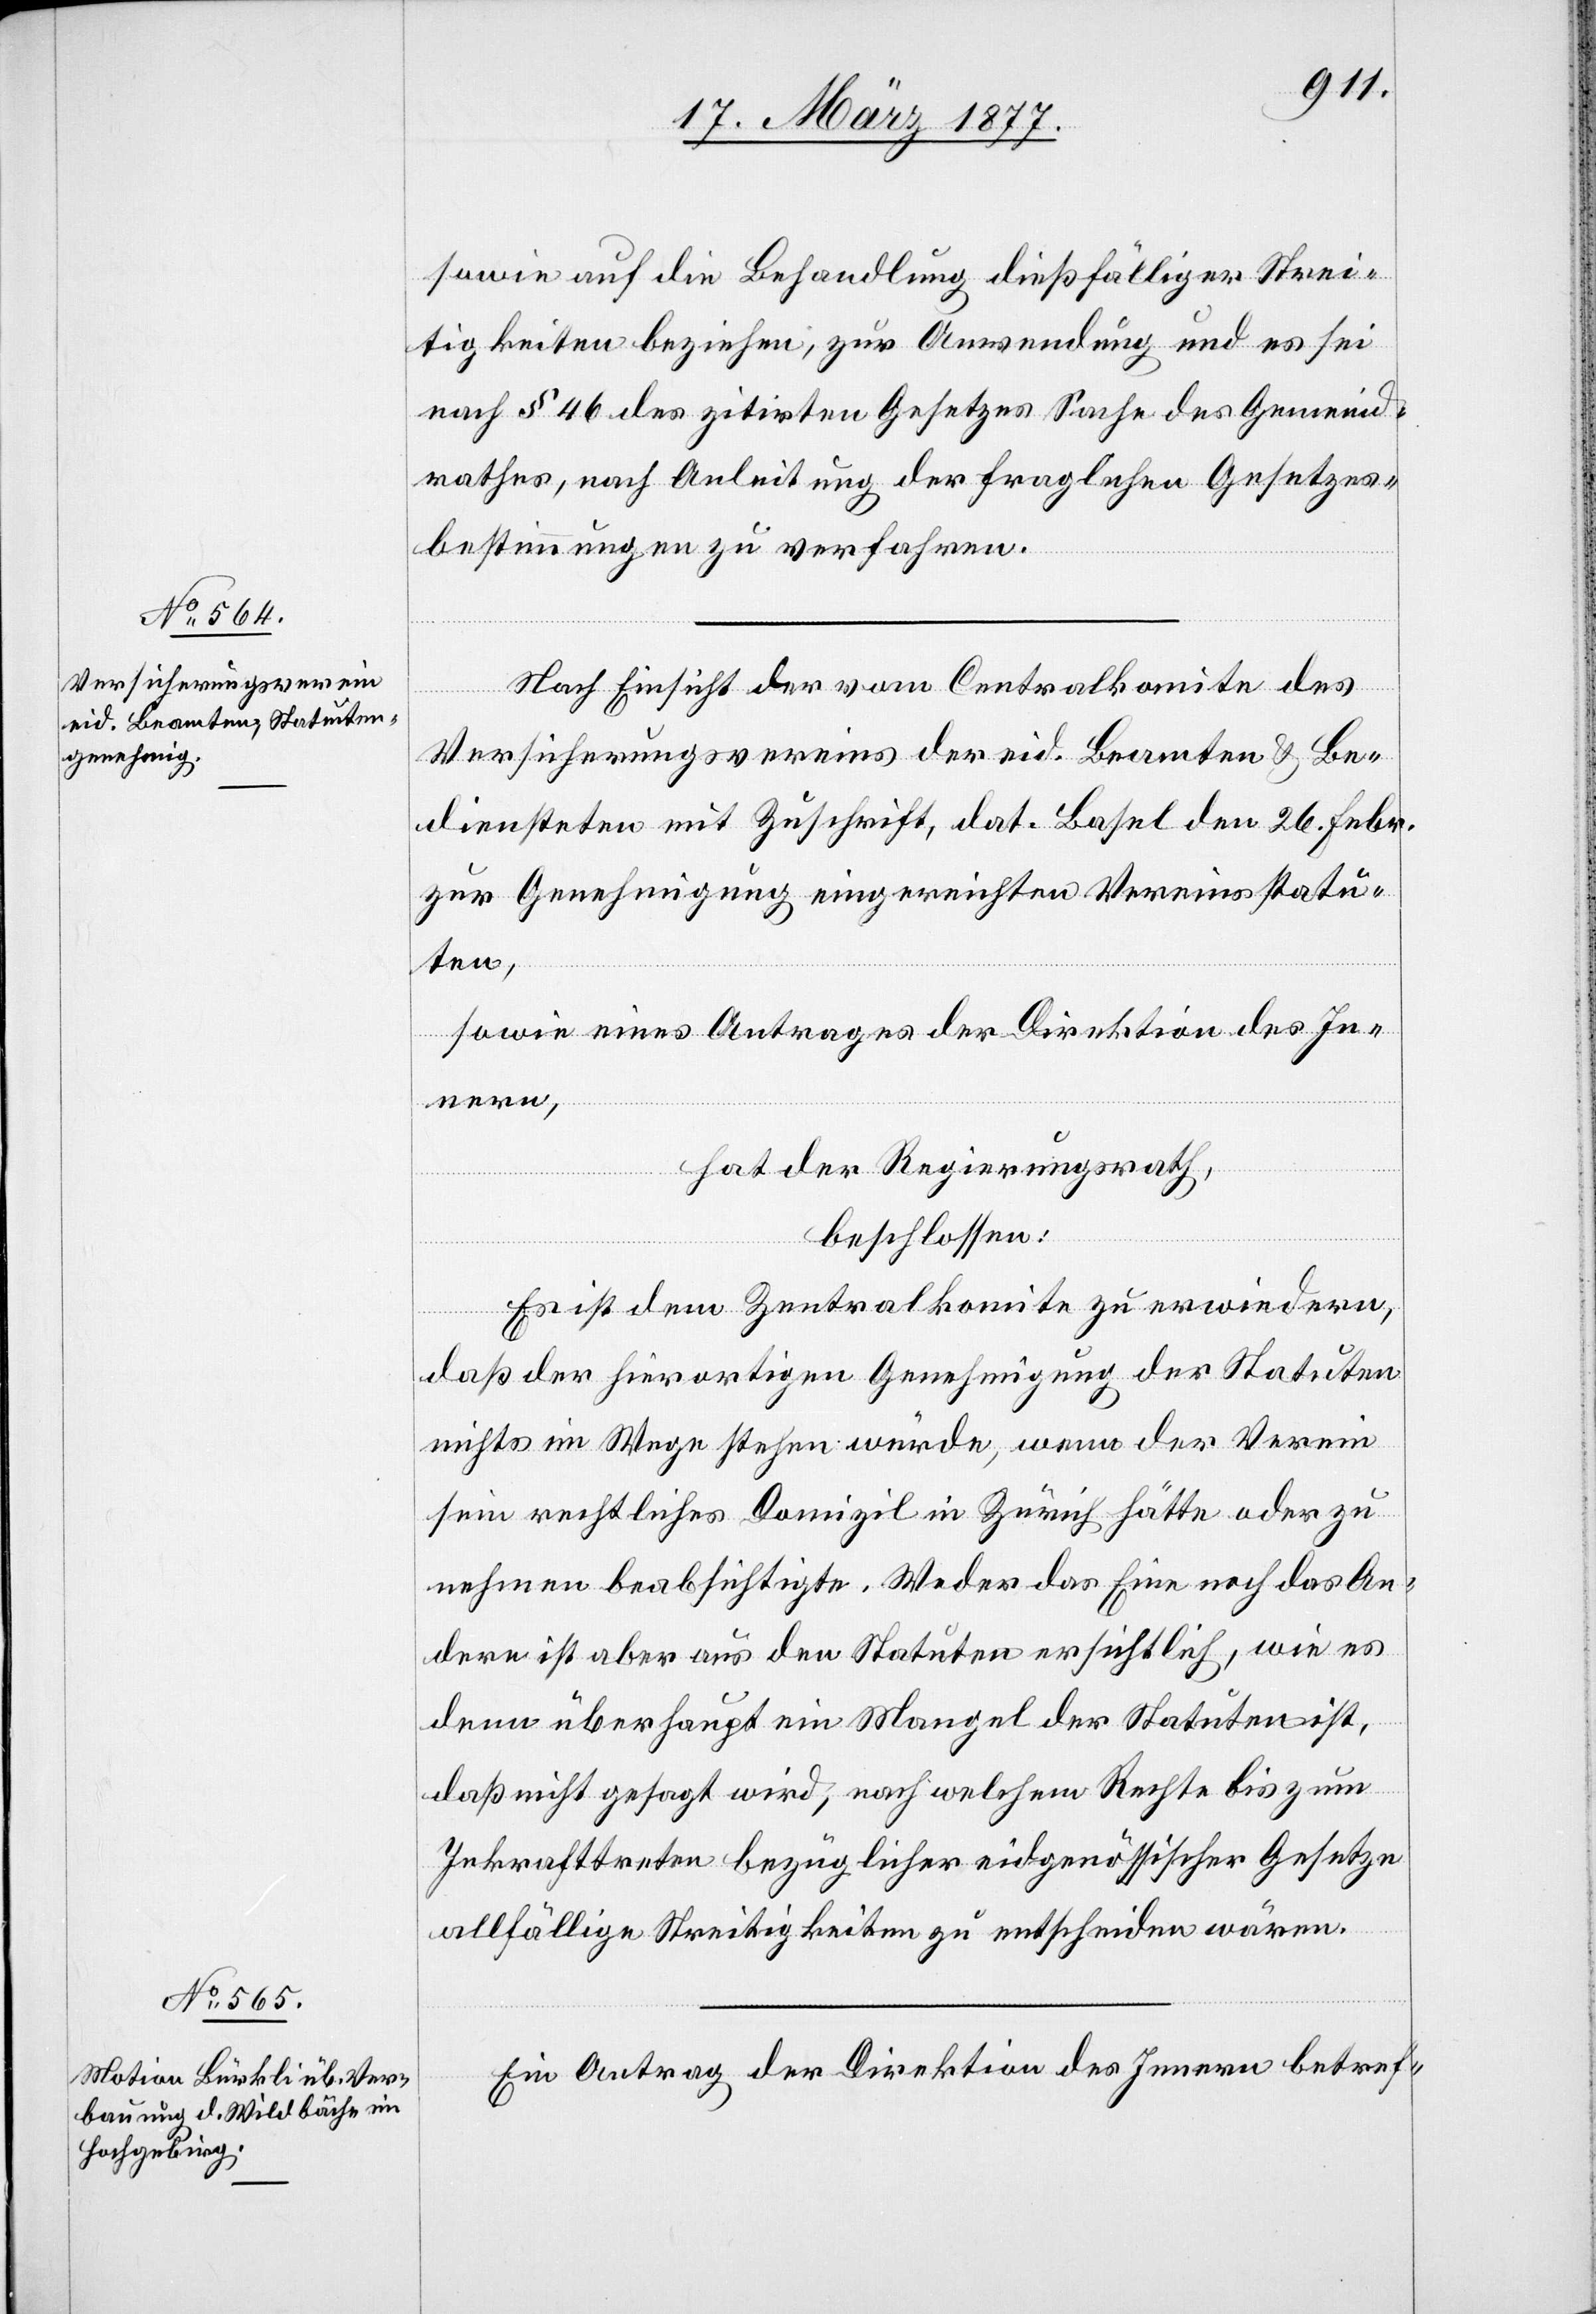
sowie auf die Behandlung dießfälliger Strei¬
tigkeiten beziehen, zur Anwendung und es sei
nach § 46 des zitirten Gesetzes Sache des Gemeind¬
rathes, nach Anleitung der fraglichen Gesetzes¬
bestimmungen zu verfahren.
Nach Einsicht der vom Centralkomite des
Versicherungsvereins der eid. Beamten & Be¬
diensteten mit Zuschrift, dat. Basel den 26. Febr.
zur Genehmigung eingereichten Vereinsstatu¬
ten,
sowie eines Antrages der Direktion des In¬
nern,
hat der Regierungsrath,
beschlossen:
Es ist dem Zentralkomite zu erwiedern,
daß der hierortigen Genehmigung der Statuten
nichts im Wege stehen würde, wenn der Verein
sein rechtliches Domizil in Zürich hätte oder zu
nehmen beabsichtigte. Weder das Eine noch das An¬
dere ist aber aus den Statuten ersichtlich, wie es
denn überhaupt ein Mangel der Statuten ist,
daß nicht gesagt wird, nach welchem Rechte bis zum
Inkrafttreten bezüglicher eidgenössischer Gesetze
allfällige Streitigkeiten zu entscheiden wären.
Ein Antrag der Direktion des Innern betref-